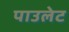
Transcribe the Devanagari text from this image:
पाउलेट